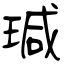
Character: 瑊